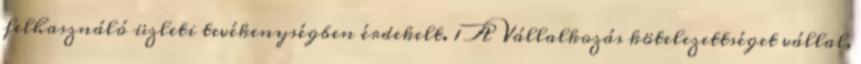
felhasználó üzleti tevékenységben érdekelt. 1 A Vállalkozás kötelezettséget vállal,